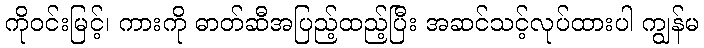
ကိုဝင်းမြင့်၊ ကားကို ဓာတ်ဆီအပြည့်ထည့်ပြီး အဆင်သင့်လုပ်ထားပါ ကျွန်မ